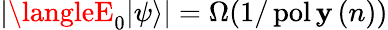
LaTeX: |\langleE_{0}|\psi\rangle|=\Omega(1/\operatorname{pol\mathbf{y}}\left(n\right))